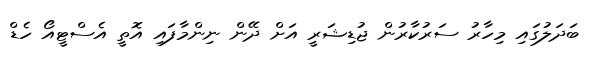
ބަދަލުގައި މިހާރު ސަރުކާރުން ޖުޑިޝަރީ އަށް ދޭން ނިންމާފައި އޮތީ އެސްޓީއޯ ހެޑް